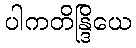
ပါကတိန္ဒြိယေ